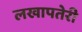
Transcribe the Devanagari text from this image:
लखापतेरी